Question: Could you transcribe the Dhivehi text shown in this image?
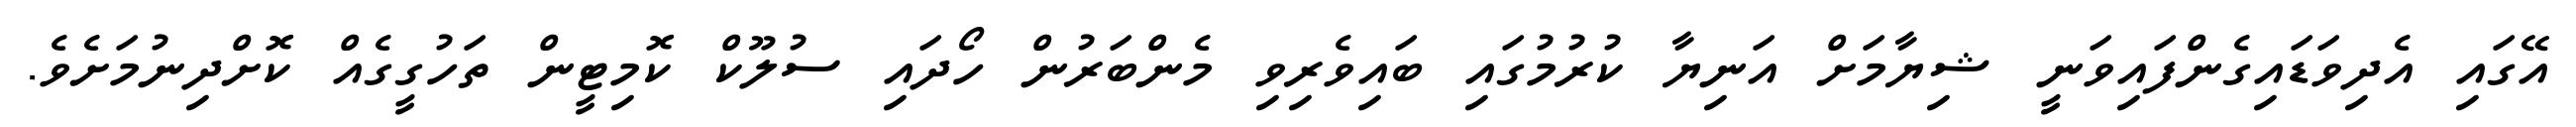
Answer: އޭގައި އެދިވަޑައިގެންފައިވަނީ ޝިޔާމަށް އަނިޔާ ކުރުމުގައި ބައިވެރިވި މެންބަރުން ހޯދައި ސުލޫކް ކޮމިޓީން ތަހުގީގެއް ކޮށްދިނުމަށެވެ.